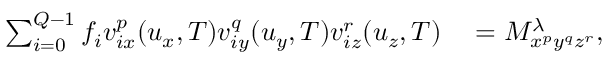
\begin{array} { r l } { \sum _ { i = 0 } ^ { Q - 1 } f _ { i } v _ { i x } ^ { p } ( u _ { x } , T ) v _ { i y } ^ { q } ( u _ { y } , T ) v _ { i z } ^ { r } ( u _ { z } , T ) } & { { } = M _ { x ^ { p } y ^ { q } z ^ { r } } ^ { \lambda } , } \end{array}